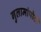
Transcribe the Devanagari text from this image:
गुलामांपोटी